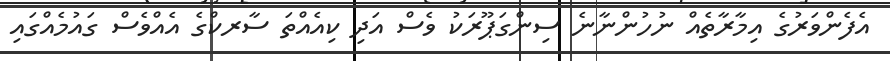
އެފެންވަރުގެ އިމާރާތެއް ނުހުންނާނެ ސިންގަޕޫރަކު ވެސް އަދި ކިއެއްތަ ސާރކްގެ އެއްވެސް ގައުމެއްގައި